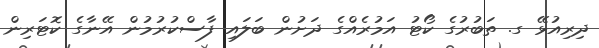
ދިރިއުޅޭ ގ. ތަބުރުގެ ކޯޓު އަމުރެއްގެ ދަށުން ބަލައި ފާސްކުރުމުން އޭނާގެ ކޮޓަރިން